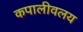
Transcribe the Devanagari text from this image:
कपालीवलय